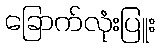
ခြောက်လုံးပြူး